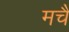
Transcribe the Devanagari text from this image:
मचै